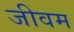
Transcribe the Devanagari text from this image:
जीवम